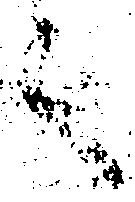
之